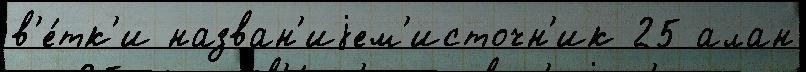
в'е́тк'и назван'иjем'источн'ик 25 алан